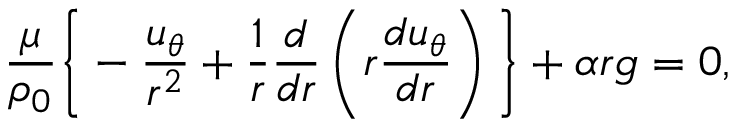
\frac { \mu } { \rho _ { 0 } } \bigg \{ - \frac { u _ { \theta } } { r ^ { 2 } } + \frac { 1 } { r } \frac { d } { d r } \left( r \frac { d u _ { \theta } } { d r } \right) \bigg \} + \alpha r g = 0 ,